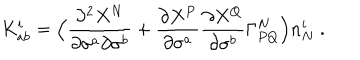
LaTeX: K _ { a b } ^ { i } = \Bigl ( \frac { \partial ^ { 2 } X ^ { N } } { \partial \sigma ^ { a } \partial \sigma ^ { b } } + \frac { \partial X ^ { P } } { \partial \sigma ^ { a } } \frac { \partial X ^ { Q } } { \partial \sigma ^ { b } } \Gamma _ { P Q } ^ { N } \Bigr ) n _ { N } ^ { i } ~ .